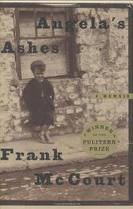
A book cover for Angela's Ashes; Frank Mccourt; Biographies & Memoirs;